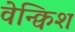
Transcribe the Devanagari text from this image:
वेन्क्विश